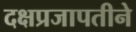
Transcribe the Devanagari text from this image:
दक्षप्रजापतीने